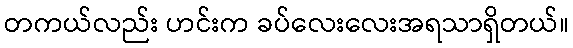
တကယ်လည်း ဟင်းက ခပ်လေးလေးအရသာရှိတယ်။